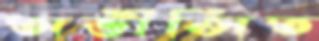
অভীপ্সিত